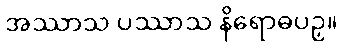
အဿာသ ပဿာသ နိရောဓပဉှ။